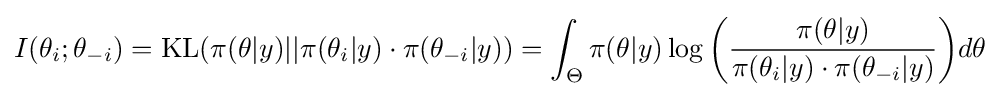
I(\theta _{i};\theta _{-i})={\text{KL}}(\pi (\theta |y)||\pi (\theta _{i}|y)\cdot \pi (\theta _{-i}|y))=\int _{\Theta }\pi (\theta |y)\log {\bigg (}{\frac {\pi (\theta |y)}{\pi (\theta _{i}|y)\cdot \pi (\theta _{-i}|y)}}{\bigg )}d\theta